Indian Civil Veterinary Department memoirs
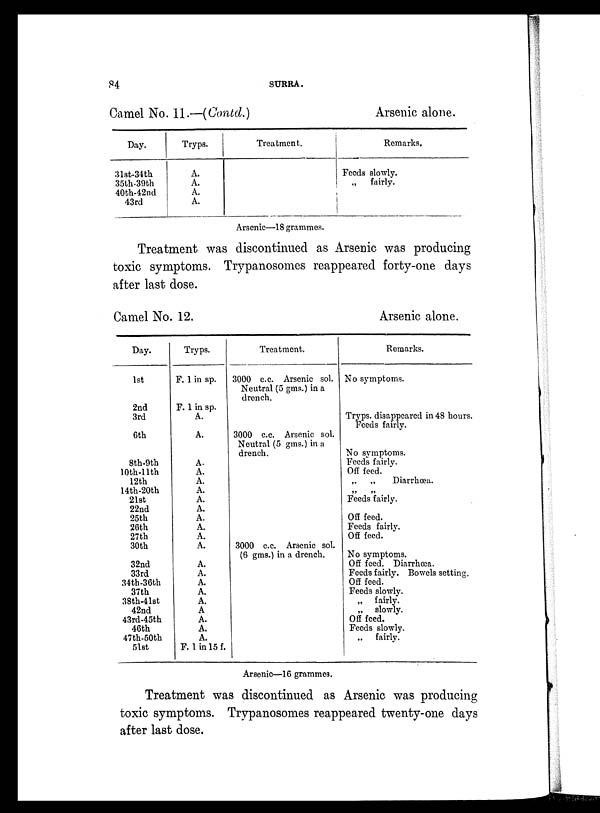
84
SURRA.
Camel No. 11.—(Contd.)
Day.
31st-34th
35th-39th
40th-42nd
43rd
Tryps.
A.
A.
A.
A.
Treatment.
Arsenic alone.
Remarks.
Feeds slowly.
„
fairly.
Arsenic—18 grammes.
Treatment was discontinued as Arsenic was producing
toxic symptoms. Trypanosomes reappeared forty-one days
after last dose.
Camel No. 12.
Day.
1st
2nd
3rd
6th
8th-9th
10th-11th
12th
14th-20th
21st
22nd
25th
26th
27th
30th
32nd
33rd
34th-36th
37th
38th-41st
42nd
43rd-45th
46th
47th-50th
51st
Tryps.
F. 1 in sp.
F. 1 in sp.
A.
A.
A.
A.
A.
A.
A.
A.
A.
A.
A.
A.
A.
A.
A.
A.
A.
A
A.
A.
A.
F. 1 in 15 f.
Treatment.
3000 c.c. Arsenic sol.
Neutral (5 gms.) in a
drench.
3000 c.c. Arsenic sol.
Neutral (5 gms.) in a
drench.
3000 c.c. Arsenic sol.
(6 gms.) in a drench.
Arsenic alone.
Remarks.
No symptoms.
Tryps. disappeared in 48 hours.
Feeds fairly.
No symptoms.
Feeds fairly.
Off feed.
„
„
Diarrhœa.
„ „
Feeds fairly.
Off feed.
Feeds fairly.
Off feed.
No symptoms.
Off feed. Diarrhœa.
Feeds fairly. Bowels setting.
Off feed.
Feeds slowly.
„
fairly.
„
slowly.
Off feed.
Feeds slowly.
„
fairly.
Arsenic—16 grammes.
Treatment was discontinued as Arsenic was producing
toxic symptoms. Trypanosomes reappeared twenty-one days
after last dose.